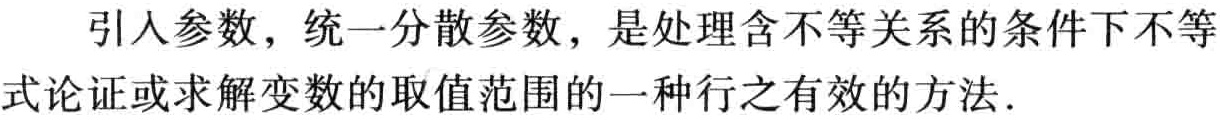
引入参数，统一分散参数，是处理含不等关系的条件下不等式论证或求解变数的取值范围的一种行之有效的方法.